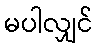
မပါလျှင်